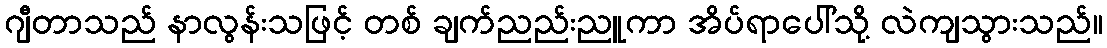
ဂျီတာသည် နာလွန်းသဖြင့် တစ် ချက်ညည်းညူကာ အိပ်ရာပေါ်သို့ လဲကျသွားသည်။